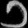
Digit: ၁